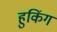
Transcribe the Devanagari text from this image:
हुकिंग